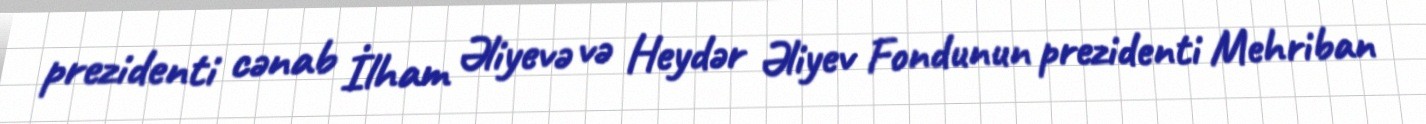
prezidenti cənab İlham Əliyevə və Heydər Əliyev Fondunun prezidenti Mehriban